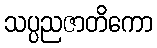
သပ္ပညဇာတိကော